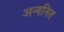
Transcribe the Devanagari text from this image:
अन्वनित